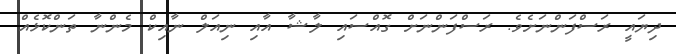
ދިޔައީ ރަސްފަންނަށެވެ. ރަސްފަންނަށް ގޮއްސައި ލާޝާ އާއި ނިއަލް ނާއިކް މެންނާ ތަންކޮޅެއް